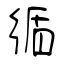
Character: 循